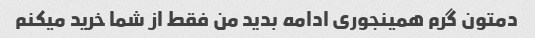
دمتون گرم همینجوری ادامه بدید من فقط از شما خرید میکنم